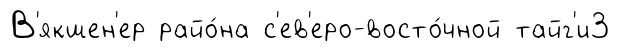
В'якшен'ер райо́на с'ев'еро-восто́чной тайг'и3